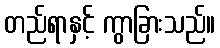
တည်ရာနှင့် ကွာခြားသည်။